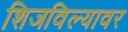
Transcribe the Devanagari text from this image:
शिजविल्यावर